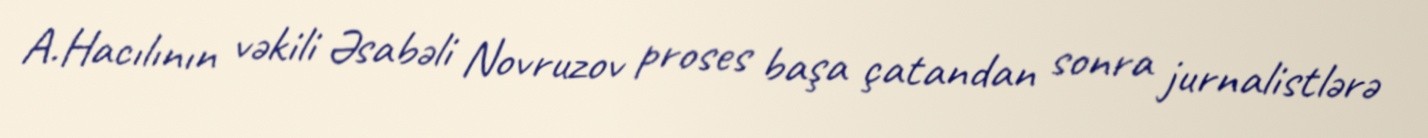
A.Hacılının vəkili Əsabəli Novruzov proses başa çatandan sonra jurnalistlərə